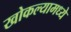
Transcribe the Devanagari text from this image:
खोकल्यामध्ये